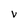
Character: V